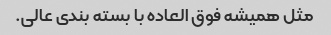
مثل همیشه فوق العاده با بسته بندی عالی.